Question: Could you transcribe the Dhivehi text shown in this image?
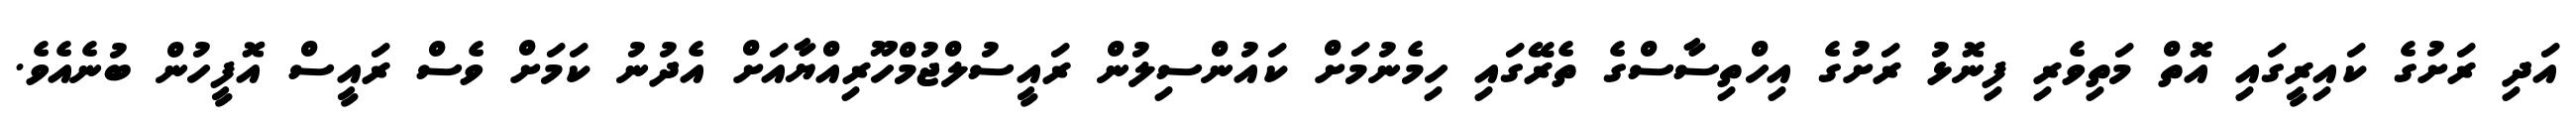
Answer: އަދި ރަށުގެ ކައިރީގައި އޮތް މަތިވެރި ފިނޮޅު ރަށުގެ އިހްތިސާސްގެ ތެރޭގައި ހިމެނުމަށް ކައުންސިލުން ރައީސުލްޖުމްހޫރިއްޔާއަށް އެދުނު ކަމަށް ވެސް ރައީސް އޮފީހުން ބުނެއެވެ.